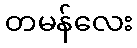
တမန်လေး